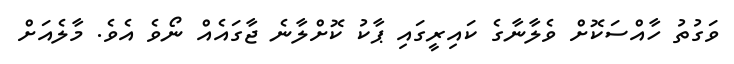
ވަގުތު ހާއްސަކޮށް ވެލާނާގެ ކައިރީގައި ޕާކު ކޮށްލާނެ ޖާގައެއް ނޯވެ އެވެ. މާލެއަށް